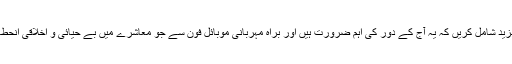
بشریٰ رحمن کے ’’محلول‘‘ اور اشفاق احمد کے ’’محسن محلہ‘‘ جیسے ناول و افسانے مزید شامل کریں کہ یہ آج کے دور کی اہم ضرورت ہیں اور براہ مہربانی موبائل فون سے جو معاشرے میں بے حیائی و اخلاقی انحطاط پھیل رہا ہے اس کے بارے میں بھی کوئی مضمون، ناول، افسانہ وغیرہ شامل کریں۔